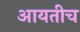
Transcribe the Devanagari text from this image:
आयतीच